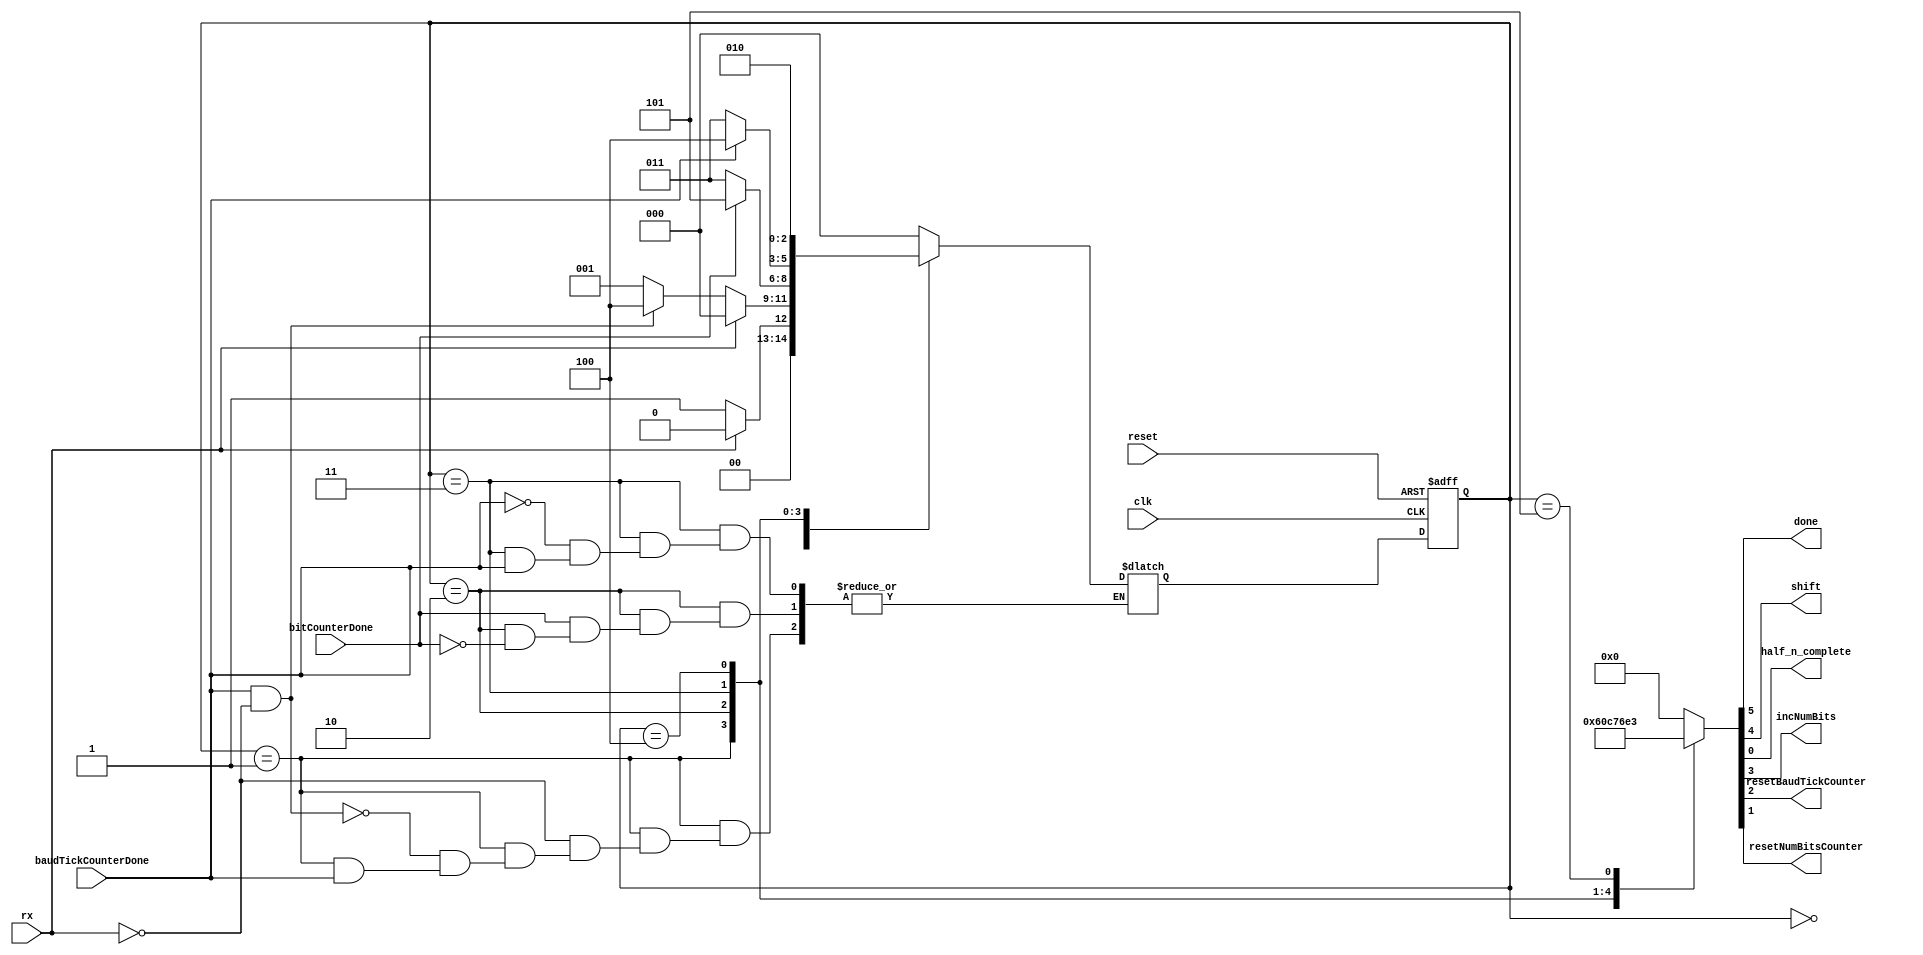
`timescale 1ns / 1ps
//////////////////////////////////////////////////////////////////////////////////
// Company: 
// Engineer: 
// 
// Design Name: 
// Module Name:    lb_UART_Rx_fsm 
// Project Name: 
// Target Devices: 
// Tool versions: 
// Description: 
//
// Dependencies: 
//
// Revision: 
// Revision 0.01 - File Created
// Additional Comments: 
//
//////////////////////////////////////////////////////////////////////////////////
module lb_UART_Rx_fsm(
	input clk,
    input reset,
    input baudTickCounterDone,
    input bitCounterDone,
	input rx,
    output reg done,
    output reg shift,
	output reg half_n_complete,
    output reg incNumBits,
    output reg resetBaudTickCounter,
	output reg resetNumBitsCounter
    );
	
	localparam N = 3;
	
	localparam IDLE = 0,
			   WAIT_HALF_BIT = 1,
			   START_BIT_TIME = 2,
			   WAIT_BIT_TIME = 3,
			   SHIFT = 4, 
			   DONE = 5;
	
	reg [N-1:0] q;
	reg [N-1:0] n_q;
	
	always @ (posedge clk, negedge reset)
		if(!reset)
			q <= IDLE;
		else
			q <= n_q;
			
	//add outputs
	//{done, shift, incNumBits, resetBaudTickCounter, resetNumBitsCounter}
	always @ (*)
		case (q)
			IDLE: begin
				{done, shift, incNumBits, resetBaudTickCounter, 
					resetNumBitsCounter, half_n_complete} = 6'b0_0_0_0_0_0;
				if(rx == 0) 
					n_q = WAIT_HALF_BIT;
				else if (rx == 1)
					n_q = IDLE;
			end
			WAIT_HALF_BIT: begin
				{done, shift, incNumBits, resetBaudTickCounter, 
					resetNumBitsCounter, half_n_complete} = 6'b0_0_0_1_1_0;
				if(!baudTickCounterDone)
					n_q = WAIT_HALF_BIT; 
				if(baudTickCounterDone && rx ==0)
					n_q = SHIFT;
				//if(baudTickCounterDone && rx ==1)
				if(rx == 1)	//false start bit
					n_q = IDLE;
			end
			START_BIT_TIME: begin
				{done, shift, incNumBits, resetBaudTickCounter, 
					resetNumBitsCounter, half_n_complete} = 6'b0_0_0_0_1_1;
				if(bitCounterDone)
					n_q = DONE;
				if(!bitCounterDone)
					n_q = WAIT_BIT_TIME;
				//starts the Bit time generator.
			end
			WAIT_BIT_TIME: begin
				{done, shift, incNumBits, resetBaudTickCounter, 
					resetNumBitsCounter, half_n_complete} = 6'b0_0_0_1_1_1;
				if(!baudTickCounterDone)
					n_q = WAIT_BIT_TIME;
				if(baudTickCounterDone)
					n_q = SHIFT;
			end
			SHIFT: begin
				{done, shift, incNumBits, resetBaudTickCounter, 
					resetNumBitsCounter, half_n_complete} = 6'b0_1_1_0_1_1;
				n_q = START_BIT_TIME;
				//inc number of bits
			end
			DONE: begin
				{done, shift, incNumBits, resetBaudTickCounter, 
					resetNumBitsCounter, half_n_complete} = 6'b1_0_0_0_1_1;
				n_q = IDLE;
			end
			default: begin
				{done, shift, incNumBits, resetBaudTickCounter, 
					resetNumBitsCounter, half_n_complete} = 6'b0_0_0_0_0_0;
				n_q = IDLE;
			end
		endcase
endmodule